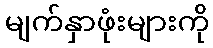
မျက်နှာဖုံးများကို